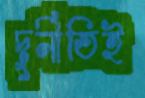
দুর্নীতিই